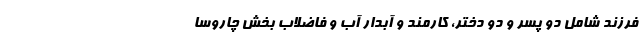
فرزند شامل دو پسر و دو دختر، کارمند و آبدار آب و فاضلاب بخش چاروسا